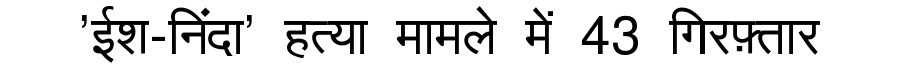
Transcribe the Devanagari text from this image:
'ईश-निंदा' हत्या मामले में 43 गिरफ़्तार